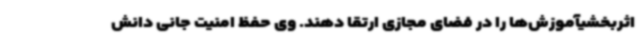
اثربخشیآموزش‌ها را در فضای مجازی ارتقا دهند. وی حفظ امنیت جانی دانش